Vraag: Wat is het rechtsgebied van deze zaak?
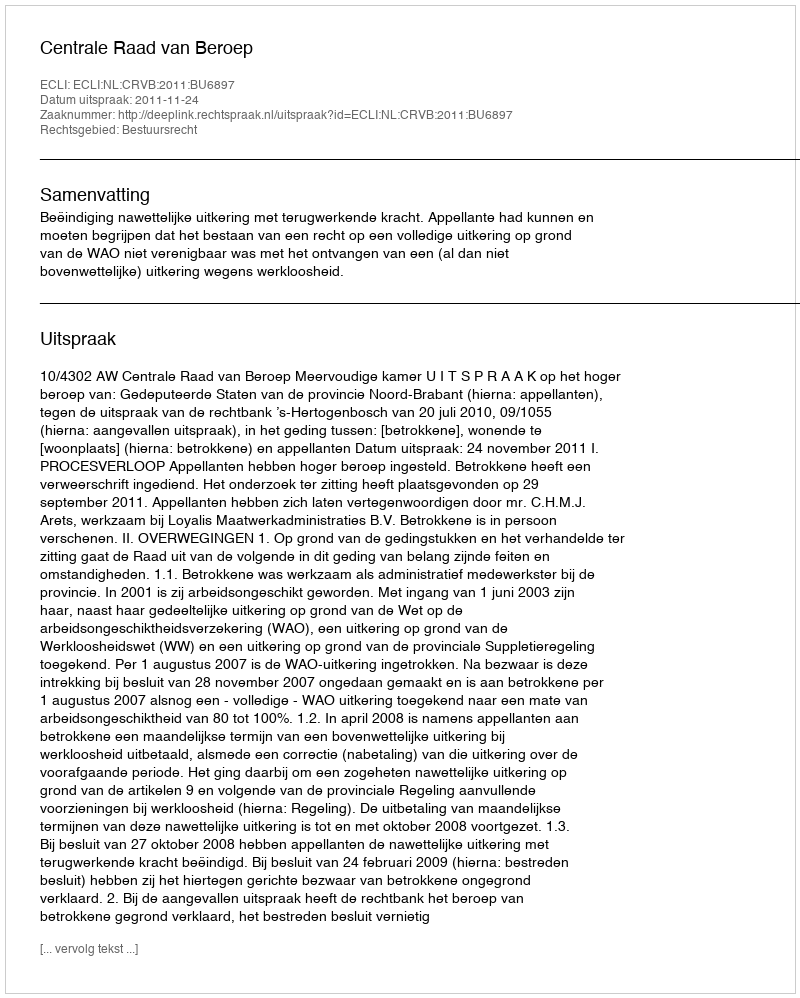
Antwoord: Bestuursrecht